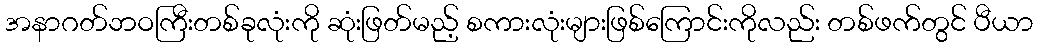
အနာဂတ်ဘဝကြီးတစ်ခုလုံးကို ဆုံးဖြတ်မည့် စကားလုံးများဖြစ်ကြောင်းကိုလည်း တစ်ဖက်တွင် ပီယာ